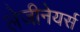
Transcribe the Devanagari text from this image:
लेजीनेयर्स